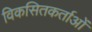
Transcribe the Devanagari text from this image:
विकसितकर्ताओं